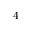
4